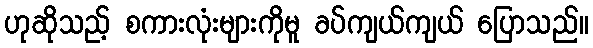
ဟုဆိုသည့် စကားလုံးများကိုမူ ခပ်ကျယ်ကျယ် ပြောသည်။